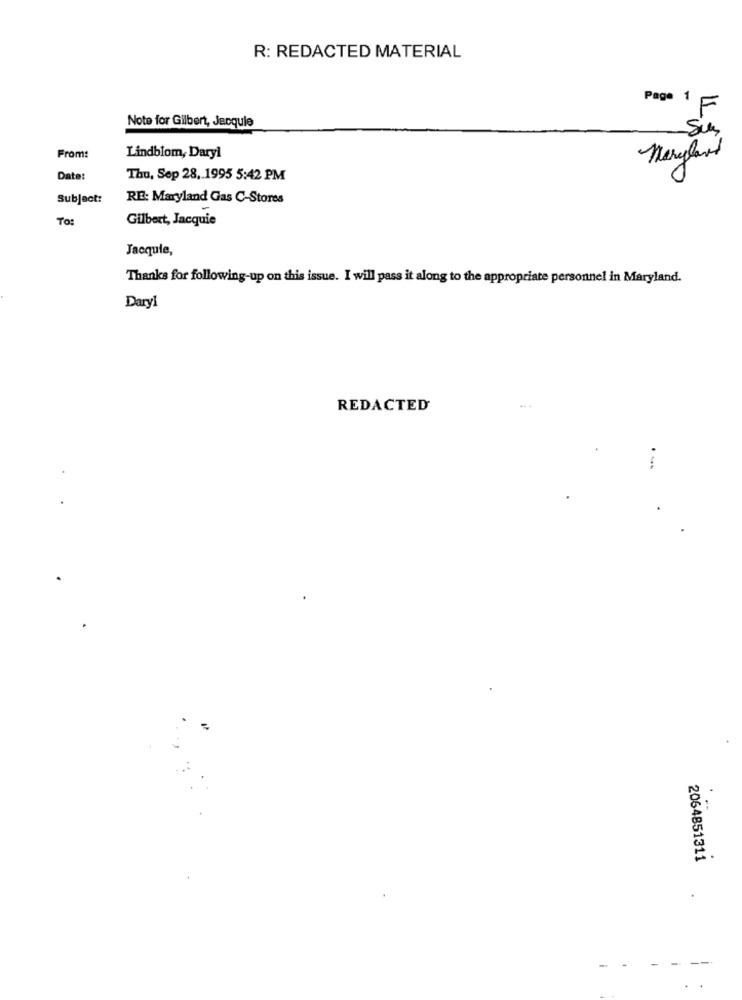
R: REDACTED MATERIAL
Page 1
F
Note for Gilbert, Jacquie
Sim
From:
Lindblom, Daryl
Maryland
Date:
Thu, Sep 28. 1995 5:42 PM
Subject:
RE: Maryland Gas C-Stores
TO:
Gilbert, Jacquie
Jacquie,
Thanks for following-up on this issue. I will pass it along to the appropriate personnel in Maryland.
Daryl
REDACTED
.
2064851311
-
-